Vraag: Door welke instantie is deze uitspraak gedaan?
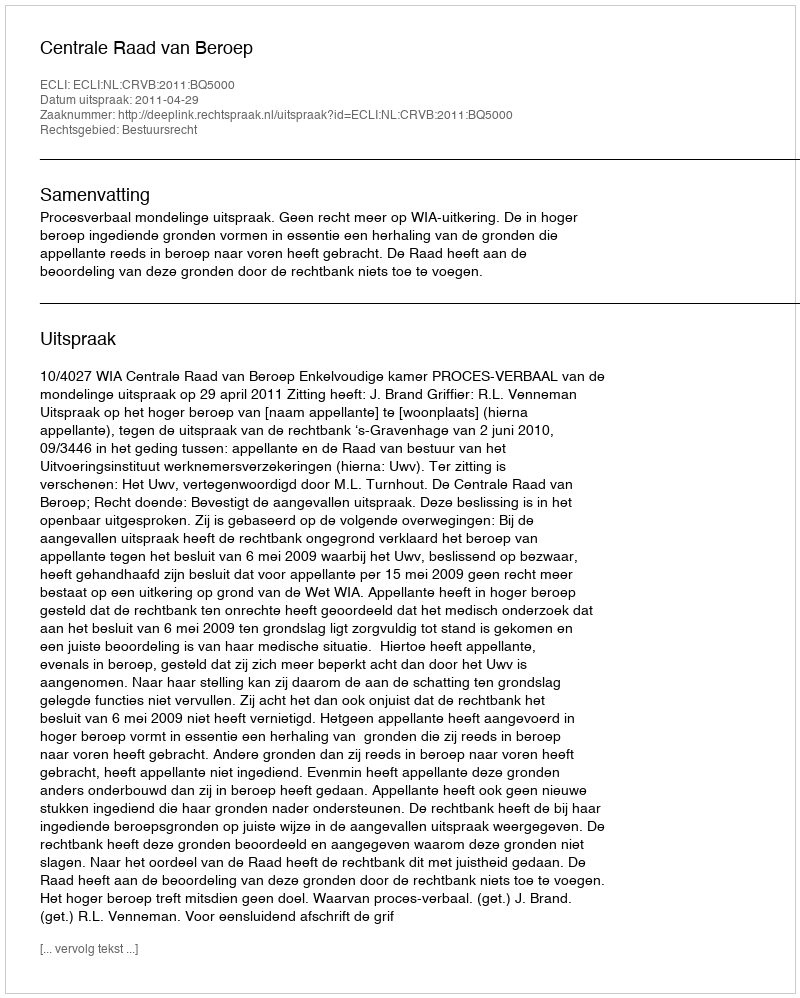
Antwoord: Centrale Raad van Beroep